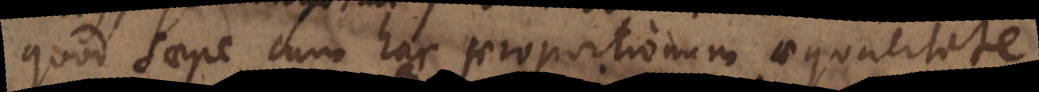
quod saepe cum hac proportionum aequalitate